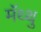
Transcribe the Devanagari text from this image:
मॅथ्थु